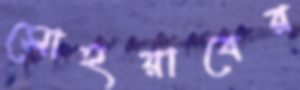
সোহরাবের